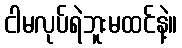
ငါမလုပ်ရဲဘူးမထင်နဲ့။